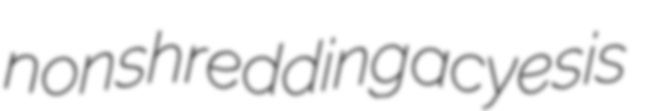
nonshredding acyesis